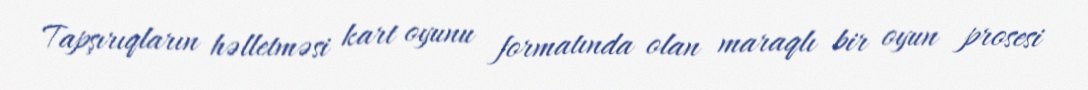
Tapşırıqların həlletməsi kart oyunu formatında olan maraqlı bir oyun prosesi